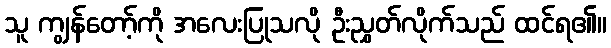
သူ ကျွန်တော့်ကို အလေးပြုသလို ဦးညွှတ်လိုက်သည် ထင်ရ၏။